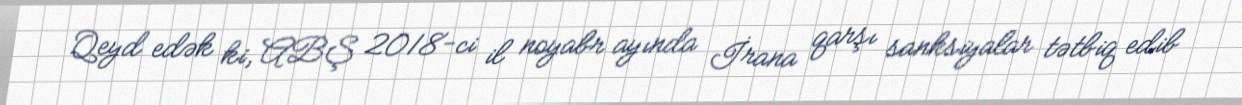
Qeyd edək ki, ABŞ 2018-ci il noyabr ayında İrana qarşı sanksiyalar tətbiq edib